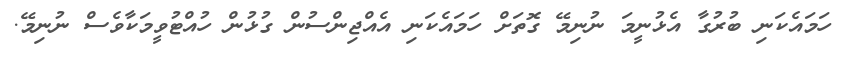
ހަމައެކަނި ބުރުގާ އެޅުނީމަ ނުނިމޭ ގޮތަށް ހަމައެކަނި އެއްޖިންސުން ގުޅުން ހުއްޓުވީމަކާވެސް ނުނިމޭ.